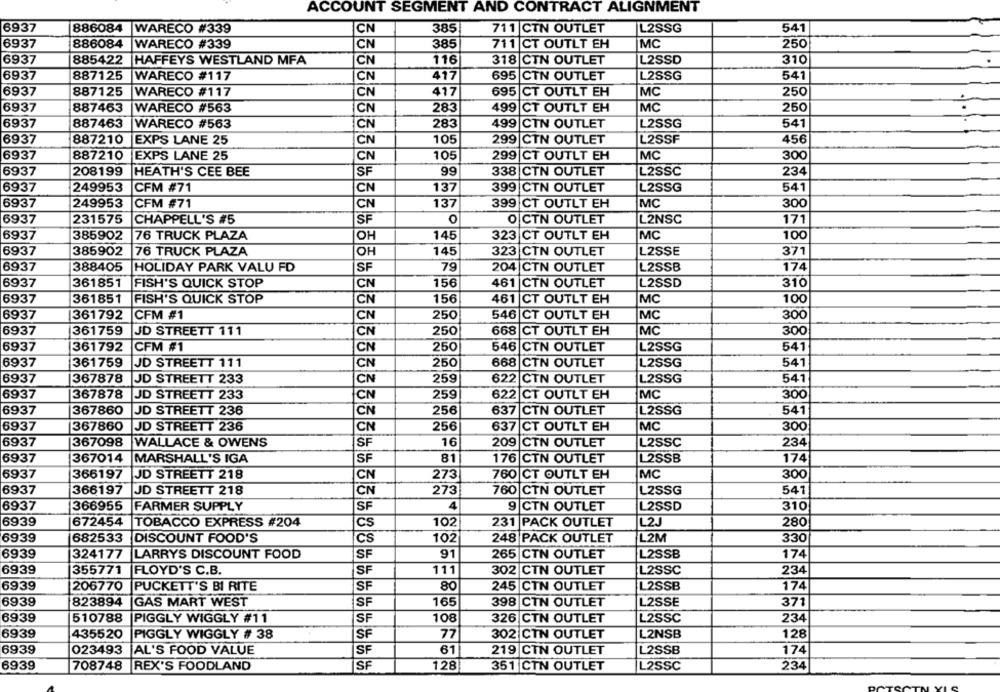
ACCOUNT SEGMENT AND CONTRACT ALIGNMENT
6937
886084
WARECO #339
CN
385
711 CTN OUTLET
L2SSG
541
937
886084
WARECO #339
CN
385
711 CT OUTLT EH
MC
250
7
885422
HAFFEYS WESTLAND MFA
CN
116
318 CTN OUTLET
L2SSD
310
9
7
887125
WARECO #117
417
695
L2SSG
541
CN
CTN OUTLET
7
887125
WARECO #117
CN
417
695 CT OUTLT EH
MC
250
7
887463
WARECO #563
CN
283
499 CT OUTLT EH
MC
250
6937
887463
WARECO #563
CN
283
499 CTN OUTLET
L2SSG
541
59
37
887210
EXPS LANE 25
CN
105
299
CTN OUTLET
L2SSF
456
6937
887210
EXPS LANE 25
CN
105
299
CT OUTLT EH
MC
300
59
208199
HEATH'S CEE BEE
SF
99
338 CTN OUTLET
L2SSC
234
399
L2SSG
6937
249953
CFM #71
CN
137
CTN OUTLET
541
69
249953
CFM #71
CN
137
399 CT OUTLT EH
MC
300
6937
231575
CHAPPELL'S #5
SF
0
O
CTN OUTLET
L2NSC
171
69
100
385902
76 TRUCK PLAZA
OH
145
323
CT OUTLT EH
MC
6937
385902
76 TRUCK PLAZA
OH
145
323
CTN OUTLET
L2SSE
371
69
7
388405
HOLIDAY PARK VALU FD
SF
79
204 CTN OUTLET
L2SSB
174
6937
361851
FISH'S QUICK STOP
CN
156
461
CTN OUTLET
L2SSD
310
6937
361851
FISH'S QUICK STOP
CN
156
461
CT OUTLT EH
MC
100
6937
361792
CFM #1
CN
250
546 CT OUTLT EH
MC
300
6937
361759
JD STREETT 111
250
668 CT OUTLT EH
MC
300
CN
6937
L2SSG
541
361792
CFM #1
CN
250
546
CTN OUTLET
39
361759
JD STREETT 111
CN
250
668 CTN OUTLET
L2SSG
541
367878
JD STREETT 233
CN
259
622
CTN OUTLET
L2SSG
541
59
|367878
JD STREETT 233
CN
259
622 CT OUTLT EH
MC
300
9
367860
JD STREETT 236
CN
256
637
CTN OUTLET
L2SSG
541
6937
367860
JD STREETT 236
CN
256
637 CT OUTLT EH
MC
300
6937
367098
WALLACE & OWENS
16
209
CTN OUTLET
L2SSC
234
SF
6937
367014
MARSHALL'S IGA
SF
81
176 CTN OUTLET
L2SSB
174
6937
366197
JD STREETT 218
CN
273
760 CT OUTLT EH
MC
300
6937
366197
JD STREETT 218
CN
273
760 CTN OUTLET
L2SSG
541
6937
366955
FARMER SUPPLY
SF
9 CTN OUTLET
L2SSD
310
6939
672454
TOBACCO EXPRESS #204
CS
102
231 PACK OUTLET
L2J
280
6939
682533
DISCOUNT FOOD'S
CS
102
248 PACK OUTLET
L2M
330
6939
L2SSB
174
324177
LARRY'S DISCOUNT FOOD
SF
91
265 CTN OUTLET
6939
355771
FLOYD'S C.B.
SF
111
302 CTN OUTLET
L2SSC
234
6939
206770
PUCKETT'S BI RITE
SF
80
245 CTN OUTLET
L2SSB
174
6939
823894
165
398 CTN OUTLET
371
GAS MART WEST
SF
L2SSE
6939
510788
PIGGLY WIGGLY #11
SF
108
326 CTN OUTLET
L2SSC
234
435520
PIGGLY WIGGLY # 38
SF
77
302 CTN OUTLET
L2NSB
128
023493
AL'S FOOD VALUE
SF
61
219 CTN OUTLET
L2SSB
174
6939
708748
REX'S FOODLAND
SF
128
351 CTN OUTLET
L2SSC
234